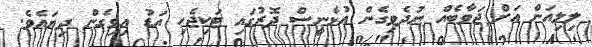
ލިލިއަން އަށް ޖަވާބެއް ނުދެވިގެން އުޅެނީސް ދޮރުގައި ޓަކިޖެހި އަޑު އިވިގެން ދިޔައެވެ.